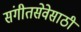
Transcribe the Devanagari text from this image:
संगीतसेवेसाठी